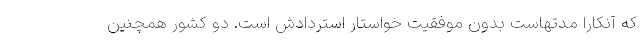
که آنکارا مدتهاست بدون موفقیت خواستار استردادش است. دو کشور همچنین